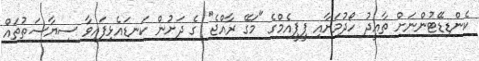
ކެންޑިޑޭޓުންނަށް ތާއީދު ހޯދުމަށާއި ޕީޕީއެމްގެ "މަގޭ ރާއްޖެ" ގެ ދަށުން ކަނޑައެޅިފައިވާ ސިޔާސަތުތައް